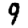
Digit: 9